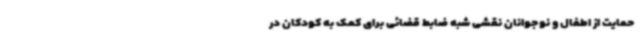
حمایت از اطفال و نوجوانان نقشی شبه ضابط قضائی برای کمک به کودکان در